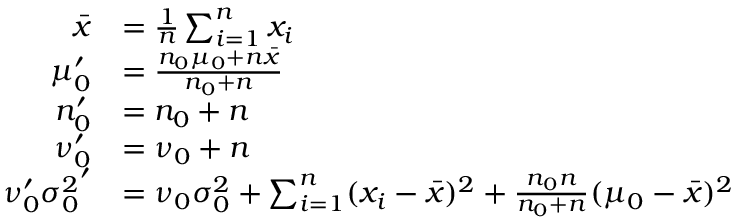
{ \begin{array} { r l } { { \bar { x } } } & { = { \frac { 1 } { n } } \sum _ { i = 1 } ^ { n } x _ { i } } \\ { \mu _ { 0 } ^ { \prime } } & { = { \frac { n _ { 0 } \mu _ { 0 } + n { \bar { x } } } { n _ { 0 } + n } } } \\ { n _ { 0 } ^ { \prime } } & { = n _ { 0 } + n } \\ { \nu _ { 0 } ^ { \prime } } & { = \nu _ { 0 } + n } \\ { \nu _ { 0 } ^ { \prime } { \sigma _ { 0 } ^ { 2 } } ^ { \prime } } & { = \nu _ { 0 } \sigma _ { 0 } ^ { 2 } + \sum _ { i = 1 } ^ { n } ( x _ { i } - { \bar { x } } ) ^ { 2 } + { \frac { n _ { 0 } n } { n _ { 0 } + n } } ( \mu _ { 0 } - { \bar { x } } ) ^ { 2 } } \end{array} }